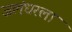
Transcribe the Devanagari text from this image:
जलंधरला